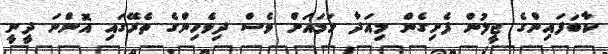
ކާބަފައިންގެ ޖީލުން ފެށިގެން މިއަދާ ހަމައަށް ވެސް ދިވެހިންގެ ތެރޭގައި އޮންނަ ދީނީ